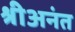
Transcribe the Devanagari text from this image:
श्रीअनंत